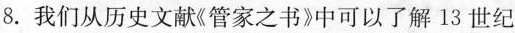
8.我们从历史文献《管家之书》中可以了解13世纪